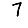
Digit: 7